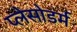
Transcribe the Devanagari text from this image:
प्लेसोडर्म